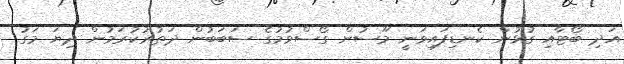
އަދި ބޯޓާއި ގުޅުން ކެނޑިފައިވަނީ މޫސުން ގޯސްވުމުގެ ސަބަބުން ދަތުރުކުރަމުން ދިޔަ މަގު